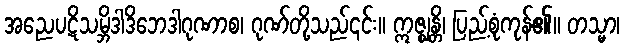
အညေပဋိသမ္ဘိဒါဒိဘေဒါဂုဏာစ၊ ဂုဏ်တို့သည်၎င်း။ ဣဇ္ဈန္တိ၊ ပြည့်စုံကုန်၏။ တသ္မာ၊